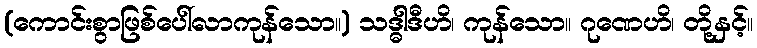
(ကောင်းစွာဖြစ်ပေါ်လာကုန်သော။) သဒ္ဓါဒီဟိ၊ ကုန်သော။ ဂုဏေဟိ၊ တို့နှင့်။